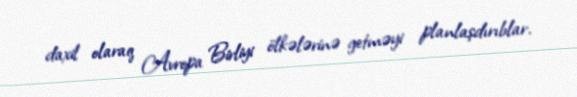
daxil olaraq Avropa Birliyi ölkələrinə getməyi planlaşdırıblar.